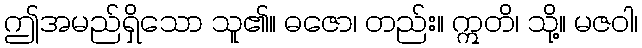
ဤအမည်ရှိသော သူ၏။ ဓဇော၊ တည်း။ ဣတိ၊ သို့။ မဇဝါ၊